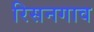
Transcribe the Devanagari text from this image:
रिसनगाव